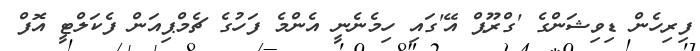
ފިރިހެން ޑިވިޝަންގެ 'ގްރޫޕް އޭ'ގައި ހިމެނެނީ އެންމެ ފަހުގެ ޗެމްޕިއަން ފެކަލްޓީ އޮފް